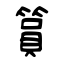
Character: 篔